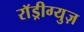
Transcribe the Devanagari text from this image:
राॅड्रीग्युज़